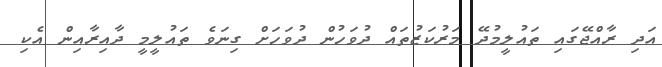
އަދި ރާއްޖޭގައި ތައުލީމުދޭ މަރުކަޒުތައް ދުވަހުން ދުވަހަށް ގިނަވެ ތައުލީމީ ދާއިރާއިން އެކި